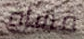
قساة